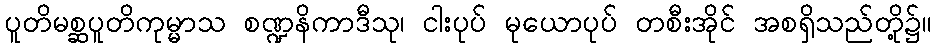
ပူတိမစ္ဆပူတိကုမ္မာသ စဏ္ဍနိကာဒီသု၊ ငါးပုပ် မုယောပုပ် တစီးအိုင် အစရှိသည်တို့၌။